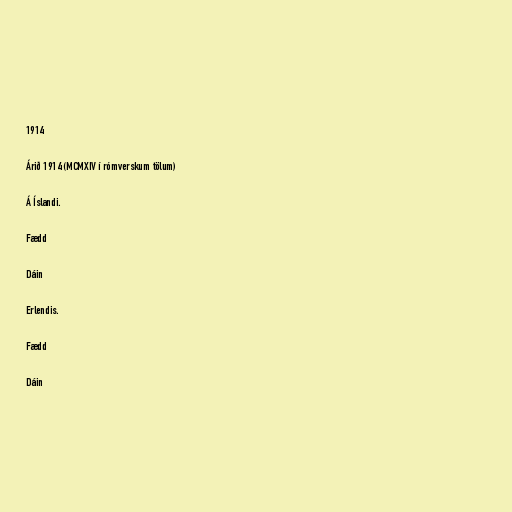
1914

Árið 1914 (MCMXIV í rómverskum tölum)

Á Íslandi.

Fædd

Dáin

Erlendis.

Fædd

Dáin